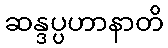
ဆန္ဒပ္ပဟာနာတိ